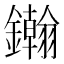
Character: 𨯪